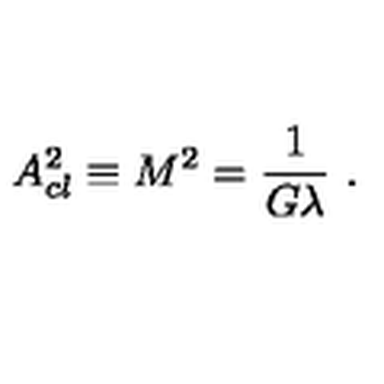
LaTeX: A _ { c l } ^ { 2 } \equiv M ^ { 2 } = \frac { 1 } { G \lambda } \ .